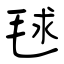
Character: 毬